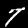
Label: 7